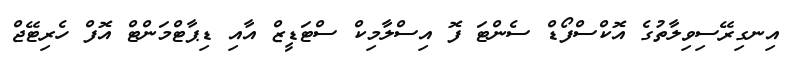
އިނގިރޭސިވިލާތުގެ އޮކްސްފޯޑް ސެންޓަ ފޮ އިސްލާމިކް ސްޓަޑީޒް އާއި ޑިޕާޓްމަންޓް އޮފް ހެރިޓޭޖް